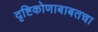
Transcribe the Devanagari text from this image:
दृष्टिकोणाबाबतचा